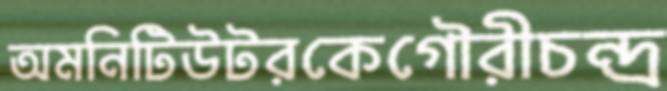
অমনিটিউটরকেগৌরীচন্দ্র